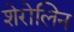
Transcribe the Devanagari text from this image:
शेरोलिन